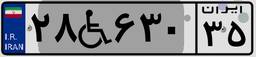
۶۱W۳۰۲۳۳